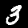
Digit: 3